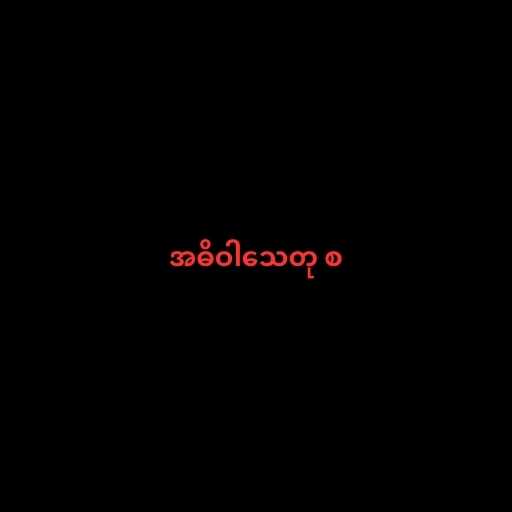
အဓိဝါသေတု စ